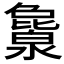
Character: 𬉖